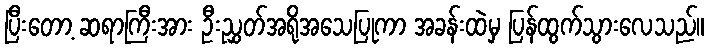
ပြီးတော့ ဆရာကြီးအား ဦးညွှတ်အရိုအသေပြုကာ အခန်းထဲမှ ပြန်ထွက်သွားလေသည်။